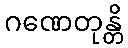
ဂဏေတုန္တိ